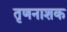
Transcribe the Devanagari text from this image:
तृणनाशक